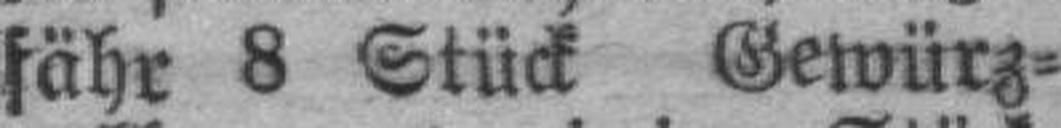
fähr 8 Stück Gewürz¬